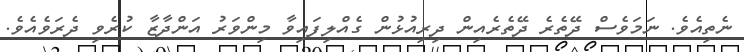
ނެތިއެވެ. ނަމަވެސް ދޭތެރެ ދޭތެރެއިން ދިރިއުޅުން ގެއްލިފައިވާ މިންވަރު އަންދާޒާ ކުރެވި ދެރަވެއެވެ.